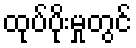
ထုပ်ပိုးမှုတွင်